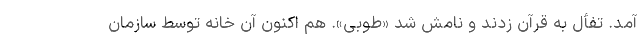
آمد. تفأل به قرآن زدند و نامش شد «طوبی». هم اکنون آن خانه توسط سازمان